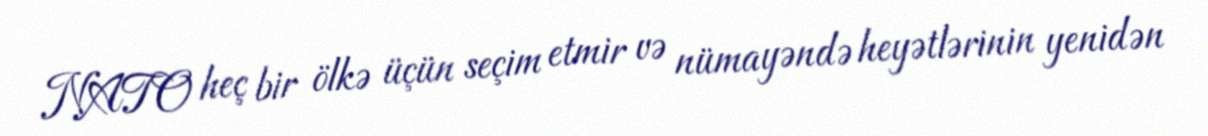
NATO heç bir ölkə üçün seçim etmir və nümayəndə heyətlərinin yenidən